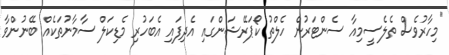
"މިހާރުވެސް ތެލެސީމިއާ ސެންޓަރުން ހެލްތު ކޯޕަރޭޝަންގައި އެދިފައި އެބަހުރި މެޑިކަލް ސާމާނުތަކެއް ބޭނުންވާ